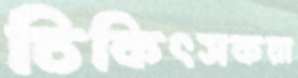
চিকিৎসকরা